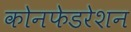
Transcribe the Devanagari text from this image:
कोनफेडरेशन